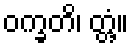
ဝက္ခတိ၊ တ္တံ့။